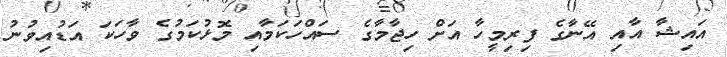
އައިޝާ އާއި އޭނާގެ ފިރިމީހާ އަށް ހިޖާމާގެ ސައްހަކަމާއި މޮޅުކަމުގެ ވާހަކަ އަޑުއިވުނު